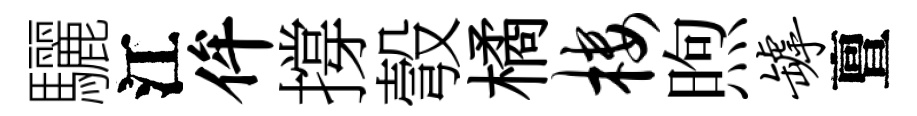
驪江侔撐彀橘楼煦罅亶